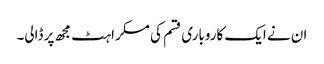
ان نے ایک کاروباری قسم کی مسکراہٹ مجھ پر ڈالی۔